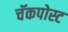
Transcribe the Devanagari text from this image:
चॅकपोस्ट